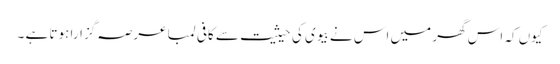
کیوں کہ اس گھر میں اس نے بیوی کی حیثیت سے کافی لمبا عرصہ گزارا ہوتا ہے ۔